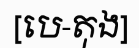
[បេ-តុង]